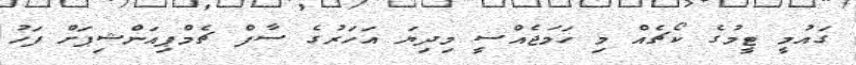
ގައުމީ ޓީމުގެ ކޯޗެއް މި ހަމަޖެއްސީ މިދިޔަ އަހަރުގެ ސާފް ޗެމްޕިއަންޝިޕަށް ފަހު